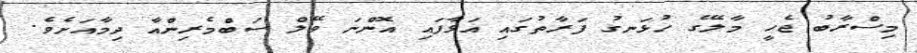
މިސްރާބު ޖެހީ މާލޭގެ ހުޅަނގު ފަރާތުގައި އަޅާފައި އޮންނަ ވޭލް ސަބްމެރިންއާ ދިމާއަށެވެ.